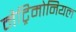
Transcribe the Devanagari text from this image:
मैट्रिमोनियल